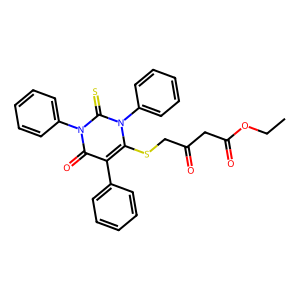
SMILES: CCOC(=O)CC(=O)CSc1c(-c2ccccc2)c(=O)n(-c2ccccc2)c(=S)n1-c1ccccc1
Inhibits HIV replication: No